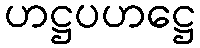
ဟဋ္ဌပဟဋ္ဌေ